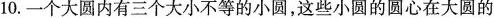
10.一个大圆内有三个大小不等的小圆，这些小圆的圆心在大圆的